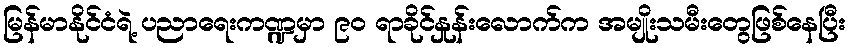
မြန်မာနိုင်ငံရဲ့ ပညာရေးကဏ္ဍမှာ ၉၀ ရာခိုင်နှုန်းလောက်က အမျိုးသမီးတွေဖြစ်နေပြီး